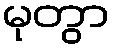
မုတွာ